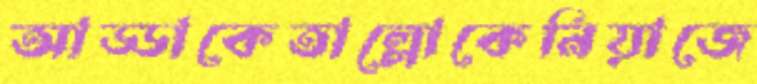
আড্ডাকেতাল্লোকেনিয়াজে